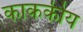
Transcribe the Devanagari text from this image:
काककीय